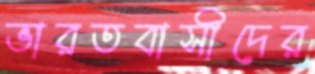
ভারতবাসীদের